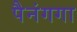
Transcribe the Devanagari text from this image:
पैनंगगा